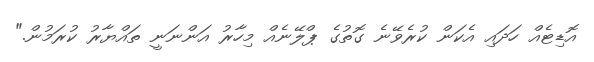
އޮޑިޓެއް ހަދައި އެކަން ކުރެވޭނެ ގޮތުގެ ޕްލޭނެއް މިހާރު އަންނަނީ ތައްޔާރު ކުރަމުން."